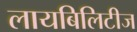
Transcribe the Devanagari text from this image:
लायबिलिटीज